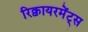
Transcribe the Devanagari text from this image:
रिक्वायरमेंट्स